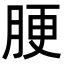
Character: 𦛟